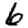
Digit: 6